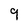
Character: q